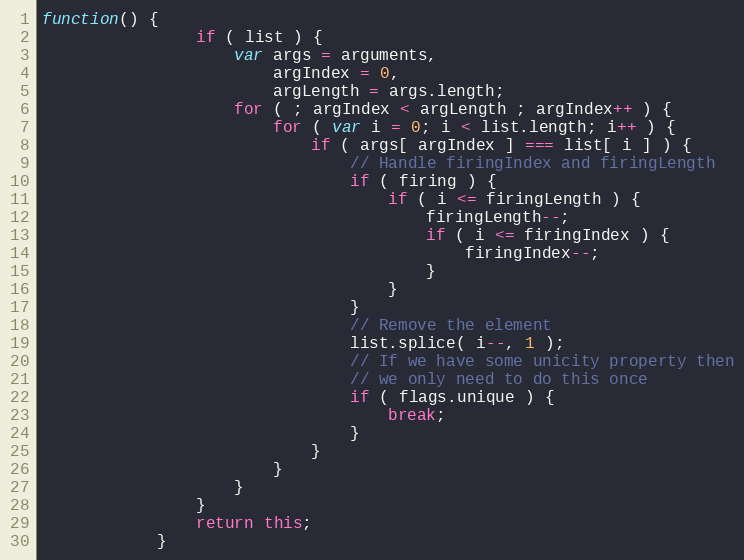
Language: JavaScript
function() {
				if ( list ) {
					var args = arguments,
						argIndex = 0,
						argLength = args.length;
					for ( ; argIndex < argLength ; argIndex++ ) {
						for ( var i = 0; i < list.length; i++ ) {
							if ( args[ argIndex ] === list[ i ] ) {
								// Handle firingIndex and firingLength
								if ( firing ) {
									if ( i <= firingLength ) {
										firingLength--;
										if ( i <= firingIndex ) {
											firingIndex--;
										}
									}
								}
								// Remove the element
								list.splice( i--, 1 );
								// If we have some unicity property then
								// we only need to do this once
								if ( flags.unique ) {
									break;
								}
							}
						}
					}
				}
				return this;
			}